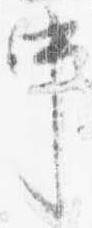
中